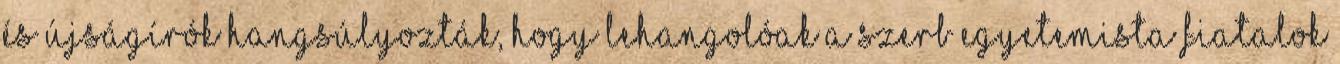
és újságírók hangsúlyozták, hogy lehangolóak a szerb egyetemista fiatalok